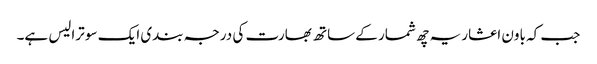
جب کہ باون اعشاریہ چھ شمار کے ساتھ بھارت کی درجہ بندی ایک سو ترالیس ہے۔